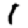
Digit: 1